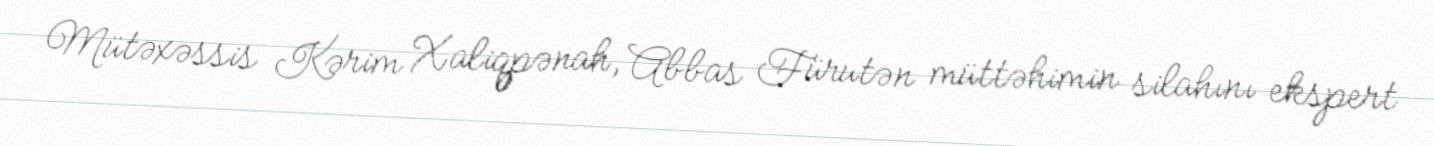
Mütəxəssis Kərim Xaliqpənah, Abbas Fürutən müttəhimin silahını ekspert